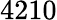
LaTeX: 4210